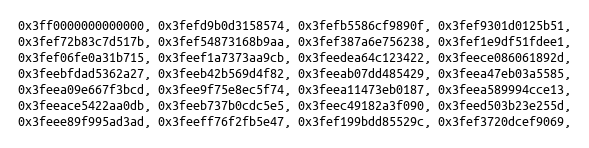
Language: C
0x3ff0000000000000, 0x3fefd9b0d3158574, 0x3fefb5586cf9890f, 0x3fef9301d0125b51,
0x3fef72b83c7d517b, 0x3fef54873168b9aa, 0x3fef387a6e756238, 0x3fef1e9df51fdee1,
0x3fef06fe0a31b715, 0x3feef1a7373aa9cb, 0x3feedea64c123422, 0x3feece086061892d,
0x3feebfdad5362a27, 0x3feeb42b569d4f82, 0x3feeab07dd485429, 0x3feea47eb03a5585,
0x3feea09e667f3bcd, 0x3fee9f75e8ec5f74, 0x3feea11473eb0187, 0x3feea589994cce13,
0x3feeace5422aa0db, 0x3feeb737b0cdc5e5, 0x3feec49182a3f090, 0x3feed503b23e255d,
0x3feee89f995ad3ad, 0x3feeff76f2fb5e47, 0x3fef199bdd85529c, 0x3fef3720dcef9069,